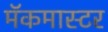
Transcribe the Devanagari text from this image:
मॅकमास्टर